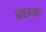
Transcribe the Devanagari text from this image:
ओब्जर्वर